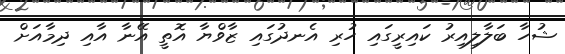
ޝުހާ ބަލާލިއިރު ކައިރީގައި ހުރި އެނދުގައި ޒާވްޔާ އޮތީ އޭނާ އާއި ދިމާއަށް